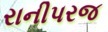
રાનીપરજ